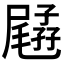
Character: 𡦥